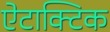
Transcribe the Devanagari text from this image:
ऐटाक्टिक